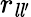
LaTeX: r_{{\mathit{l}}{\mathit{l}}^{\prime}}